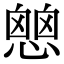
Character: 𢡔